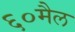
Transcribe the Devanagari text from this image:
६०मैल